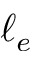
\ell _ { e }